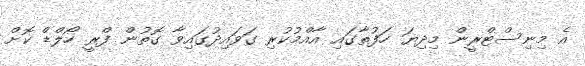
އެ މިނިސްޓްރީން މިދިޔަ ހަފުތާގައި އާއްމުކުރި ގަވައިދުގައިވާ ގޮތުން ފްރީ ހޯލްޑް ކޮށް